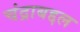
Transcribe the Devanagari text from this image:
चंद्राबद्दल